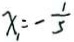
x _ { 1 } = - \frac { 1 } { 5 }